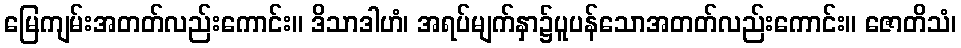
မြေကျမ်းအတတ်လည်းကောင်း။ ဒိသာဒါဟံ၊ အရပ်မျက်နှာ၌ပူပန်သောအတတ်လည်းကောင်း။ ဇောတိသံ၊